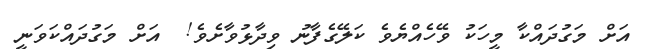
އަށް މަގުދައްކާ މީހަކު ވޭހެއްޔެވެ ކަލޭގެފާނު ވިދާޅުވާށެވެ!  އަށް މަގުދައްކަވަނީ